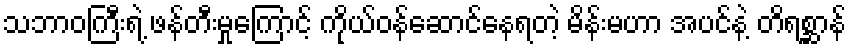
သဘာဝကြီးရဲ့ ဖန်တီးမှုကြောင့် ကိုယ်ဝန်ဆောင်နေရတဲ့ မိန်းမဟာ အပင်နဲ့ တိရစ္ဆာန်